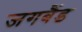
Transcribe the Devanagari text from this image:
जगबैंड